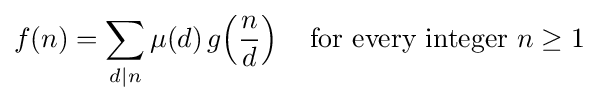
f(n)=\sum _{d\mid n}\mu (d)\,g\!\left({\frac {n}{d}}\right)\quad {\text{for every integer }}n\geq 1